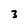
Character: 3